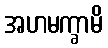
အဟမက္ခာမိ